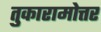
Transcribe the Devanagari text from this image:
तुकारामोत्तर